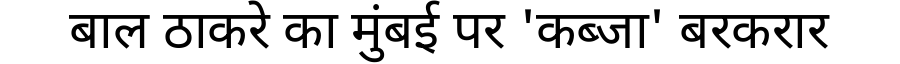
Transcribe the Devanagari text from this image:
बाल ठाकरे का मुंबई पर 'कब्जा' बरकरार